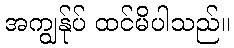
အကျွန်ုပ် ထင်မိပါသည်။